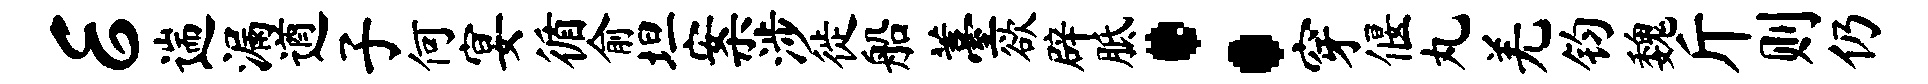
E遄漏遒子何宴循俞坦案涉徙船薹欲辟胝：穿偃丸羌钧魏斤则仍